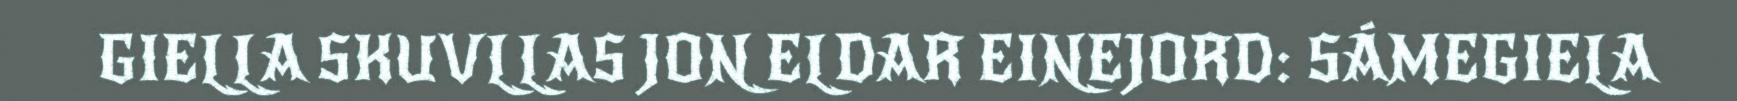
GIELLA SKUVLLAS JON ELDAR EINEJORD: SÁMEGIELA